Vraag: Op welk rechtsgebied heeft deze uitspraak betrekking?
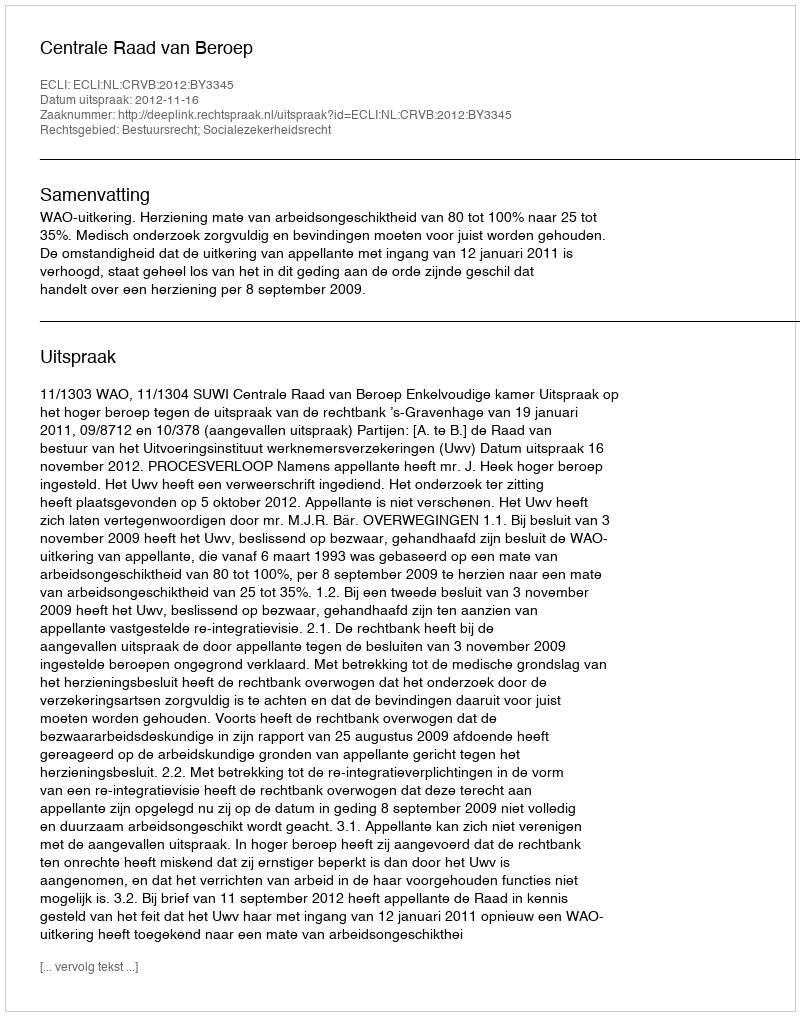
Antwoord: Bestuursrecht; Socialezekerheidsrecht